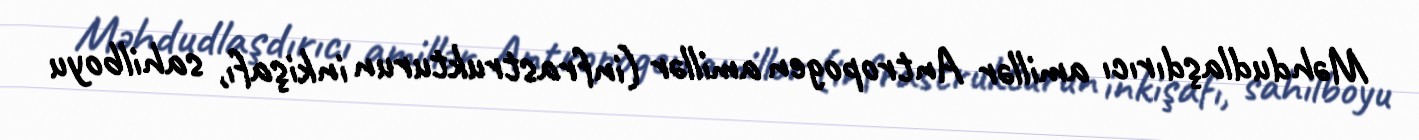
Məhdudlaşdırıcı amillər Antropogen amillər (infrastrukturun inkişafı, sahilboyu